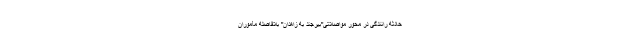
حادثه رانندگی در محور مواصلاتی"بیرجند به زاهدان" بلافاصله مأموران